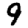
Digit: 9